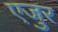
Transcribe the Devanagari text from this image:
एजुर